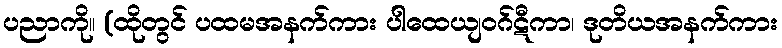
ပညာကို။ (ထိုတွင် ပထမအနက်ကား ပါထေယျဝဂ်ဋီကာ၊ ဒုတိယအနက်ကား